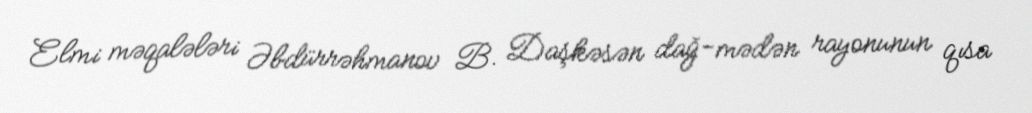
Elmi məqalələri Əbdürrəhmanov B. Daşkəsən dağ-mədən rayonunun qısa